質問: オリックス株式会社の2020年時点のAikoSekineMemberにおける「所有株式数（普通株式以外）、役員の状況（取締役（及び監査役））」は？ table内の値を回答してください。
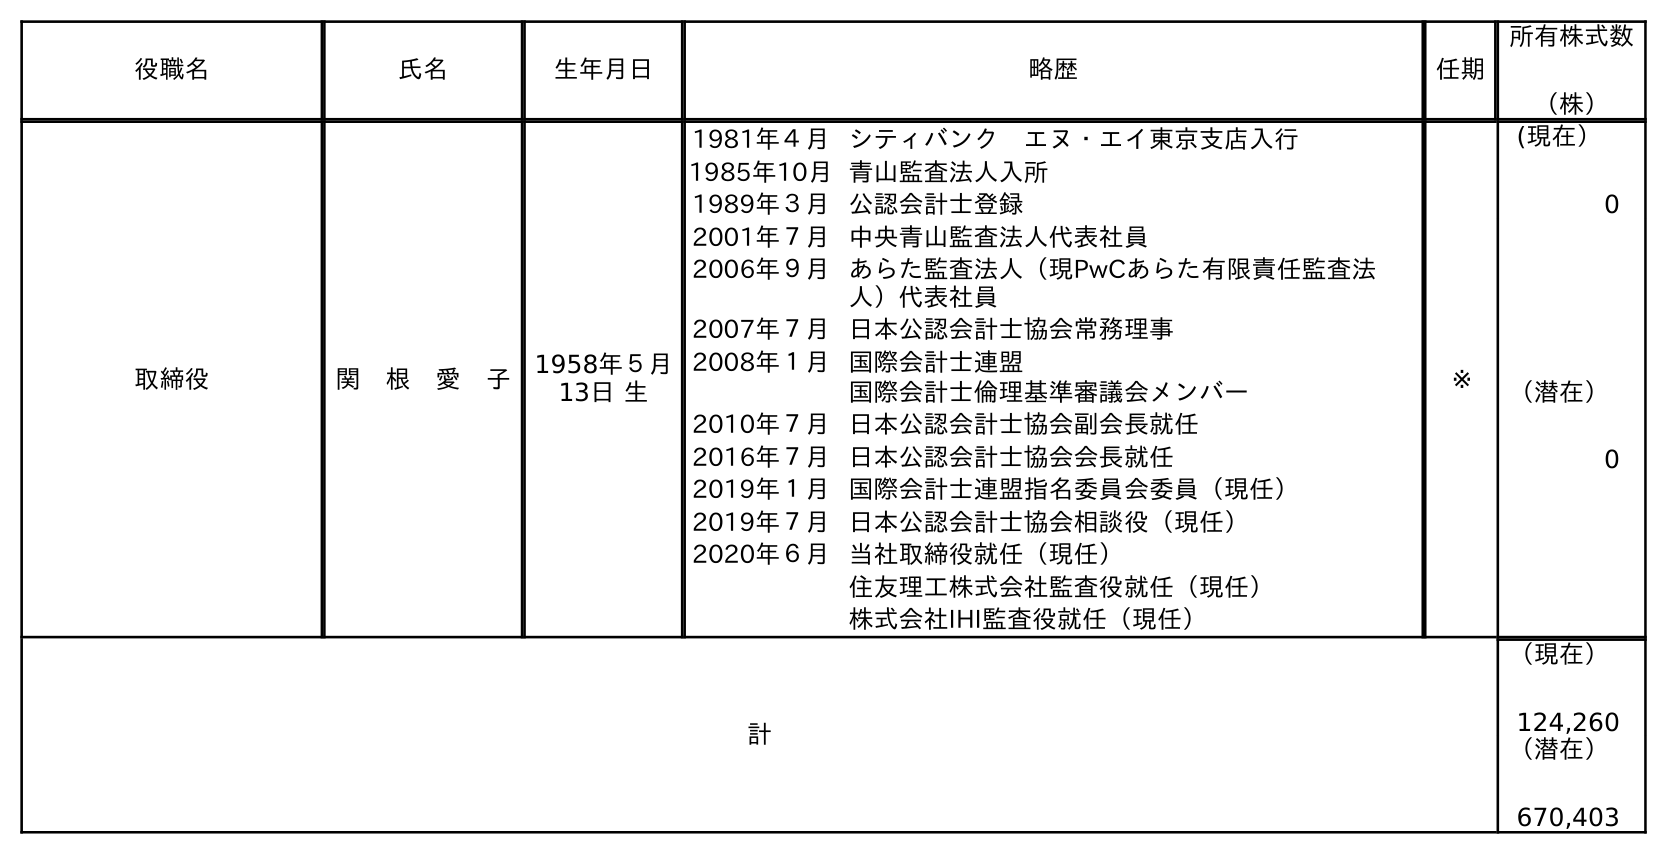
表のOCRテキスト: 役職名 氏名 生年月日 略歴 任期 所有株式数 （株） 取締役 関 根 愛 子 1958年５月 13日 生 1981年４月シティバンク エヌ・エイ東京支店入行 1985年10月青山監査法人入所 1989年３月公認会計士登録 2001年７月中央青山監査法人代表社員 2006年９月あらた監査法人（現PwCあらた有限責任監査法 人）代表社員 2007年７月日本公認会計士協会常務理事 2008年１月国際会計士連盟 国際会計士倫理基準審議会メンバー 2010年７月日本公認会計士協会副会長就任 2016年７月日本公認会計士協会会長就任 2019年１月国際会計士連盟指名委員会委員（現任） 2019年７月日本公認会計士協会相談役（現任） 2020年６月当社取締役就任（現任） 住友理工株式会社監査役就任（現任） 株式会社IHI監査役就任（現任） ※ (現在） 0 （潜在） 0 計 （現在） 124,260 （潜在） 670,403
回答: （潜在）0